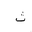
Letter: _tha